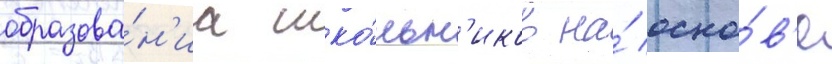
образова́н'иа шко́льн'иков на́ осно́в'е